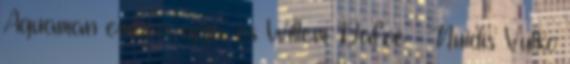
Aquaman emberi apja, és Willem Dafoe – Nuidis Vulko